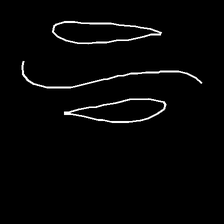
Glyph: water